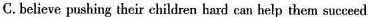
C.believe pushing their children hard can help them succeed